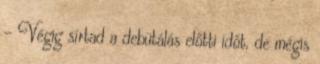
- Végig sírtad a debütálás előtti időt, de mégis